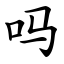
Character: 吗